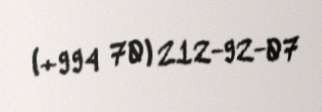
(+994 70) 212-92-07